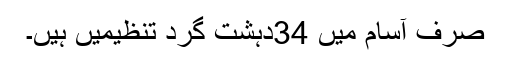
صرف آسام میں 34دہشت گرد تنظیمیں ہیں۔